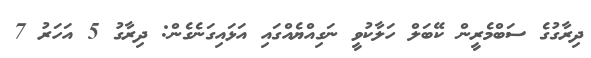
ދިރާގުގެ ސަބްމެރީން ކޭބަލް ހަލާކުވީ ނަގިއްޔެއްގައި އަޅައިގަނެގެން: ދިރާގު 5 އަހަރު 7